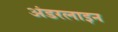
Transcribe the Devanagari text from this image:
अंडरलाइन